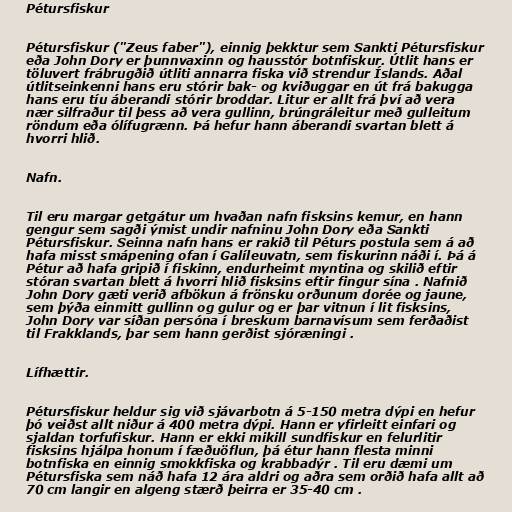
Pétursfiskur

Pétursfiskur ("Zeus faber"), einnig þekktur sem Sankti Pétursfiskur
eða John Dory er þunnvaxinn og hausstór botnfiskur. Útlit hans er
töluvert frábrugðið útliti annarra fiska við strendur Íslands. Aðal
útlitseinkenni hans eru stórir bak- og kviðuggar en út frá bakugga
hans eru tíu áberandi stórir broddar. Litur er allt frá því að vera
nær silfraður til þess að vera gullinn, brúngráleitur með gulleitum
röndum eða ólífugrænn. Þá hefur hann áberandi svartan blett á
hvorri hlið.

Nafn.

Til eru margar getgátur um hvaðan nafn fisksins kemur, en hann
gengur sem sagði ýmist undir nafninu John Dory eða Sankti
Pétursfiskur. Seinna nafn hans er rakið til Péturs postula sem á að
hafa misst smápening ofan í Galíleuvatn, sem fiskurinn náði í. Þá á
Pétur að hafa gripið í fiskinn, endurheimt myntina og skilið eftir
stóran svartan blett á hvorri hlið fisksins eftir fingur sína . Nafnið
John Dory gæti verið afbökun á frönsku orðunum dorée og jaune,
sem þýða einmitt gullinn og gulur og er þar vitnun í lit fisksins,
John Dory var síðan persóna í breskum barnavísum sem ferðaðist
til Frakklands, þar sem hann gerðist sjóræningi .

Lífhættir.

Pétursfiskur heldur sig við sjávarbotn á 5-150 metra dýpi en hefur
þó veiðst allt niður á 400 metra dýpi. Hann er yfirleitt einfari og
sjaldan torfufiskur. Hann er ekki mikill sundfiskur en felurlitir
fisksins hjálpa honum í fæðuöflun, þá étur hann flesta minni
botnfiska en einnig smokkfiska og krabbadýr . Til eru dæmi um
Pétursfiska sem náð hafa 12 ára aldri og aðra sem orðið hafa allt að
70 cm langir en algeng stærð þeirra er 35-40 cm .